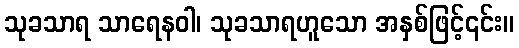
သုခသာရ သာရေနဝါ၊ သုခသာရဟူသော အနှစ်ဖြင့်၎င်း။